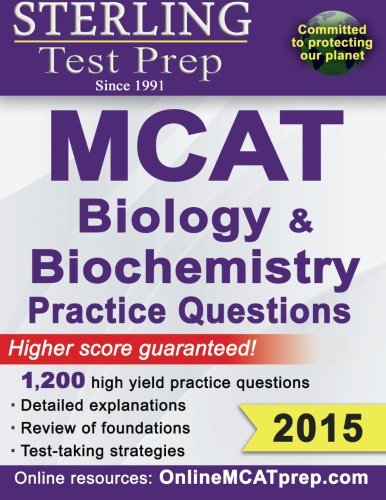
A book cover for Sterling MCAT Biology & Biochemistry Practice Questions: High Yield MCAT Questions; Sterling Test Prep; Test Preparation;